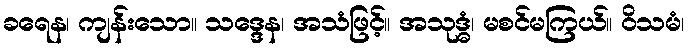
ခရေန၊ ကျန်းသော။ သဒ္ဒေန၊ အသံဖြင့်။ အသုဒ္ဓံ၊ မစင်မကြယ်။ ဝိသမံ၊